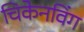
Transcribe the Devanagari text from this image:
चिकेनविंग